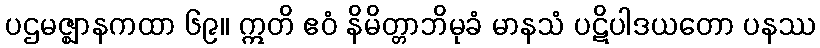
ပဌမဇ္ဈာနကထာ ၆၉။ ဣတိ ဧဝံ နိမိတ္တာဘိမုခံ မာနသံ ပဋိပါဒယတော ပနဿ